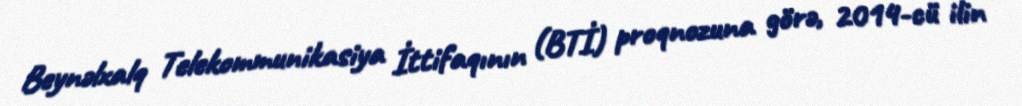
Beynəlxalq Telekommunikasiya İttifaqının (BTİ) proqnozuna görə, 2014-cü ilin